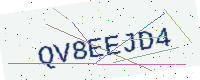
Text: QV8EEJD4